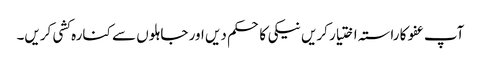
آپ عفو کا راستہ اختیار کریں نیکی کا حکم دیں اور جاہلوں سے کنارہ کشی کریں۔